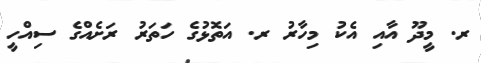
ރ. މީދޫ އާއި އެކު މިހާރު ރ. އަތޮޅުގެ ހަތަރު ރަށެއްގެ ސިއްހީ